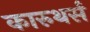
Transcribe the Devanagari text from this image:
कारुथर्स